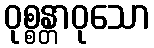
ဝုစ္စန္တာဝုသော